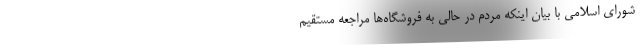
شورای اسلامی با بیان اینکه مردم در حالی به فروشگاه‌ها مراجعه مستقیم